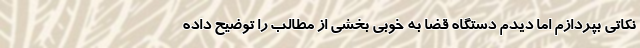
نکاتی بپردازم اما دیدم دستگاه قضا به خوبی بخشی از مطالب را توضیح داده